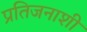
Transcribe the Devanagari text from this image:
प्रतिजनाशी